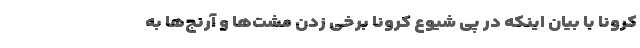
کرونا با بیان اینکه در پی شیوع کرونا برخی زدن مشت‌ها و آرنج‌ها به